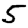
Digit: 5